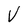
Character: V